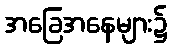
အခြေအနေများ၌